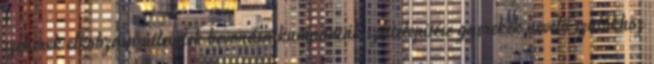
szekerek elkobzása útlevelek bevonása kumpániák széttelepítése gyerekek nevelő szülőkhöz